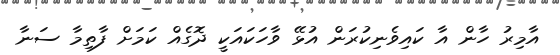
އާމިރު ހާން އާ ކައިވެނިކުރަން އުުޅޭ ވާހަކައަކީ ދޮގެއް ކަމަށް ފާތިމާ ސަނާ